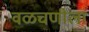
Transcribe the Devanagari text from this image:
वळचणीला